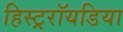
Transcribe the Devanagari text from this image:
हिस्ट्ररॉयडिया